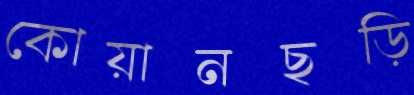
কোয়ানছড়ি